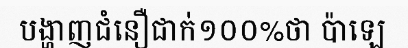
បង្ហាញជំនឿជាក់១០០%ថា ប៉ាឡេ